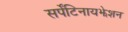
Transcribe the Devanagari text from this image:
सर्पेंटिनायझेशन